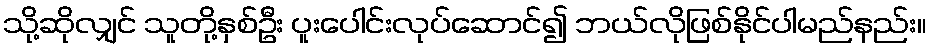
သို့ဆိုလျှင် သူတို့နှစ်ဦး ပူးပေါင်းလုပ်ဆောင်၍ ဘယ်လိုဖြစ်နိုင်ပါမည်နည်း။